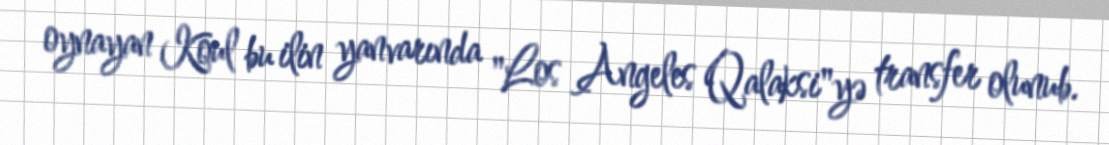
oynayan Koul bu ilin yanvarında "Los Angeles Qalaksi"yə transfer olunub.